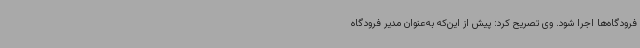
فرودگاه‌ها اجرا شود. وی تصریح کرد: پیش از این‌که به‌عنوان مدیر فرودگاه